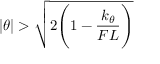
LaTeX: | \theta | > { \sqrt { 2 { \Bigg ( } 1 - { \frac { k _ { \theta } } { F L } } { \Bigg ) } } }